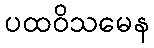
ပထဝိသမေန